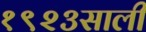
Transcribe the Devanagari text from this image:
१९२३साली